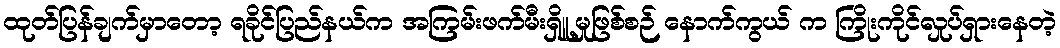
ထုတ်ပြန်ချက်မှာတော့ ရခိုင်ပြည်နယ်က အကြမ်းဖက်မီးရှိူ့မှုဖြစ်စဉ် နောက်ကွယ် က ကြိုးကိုင်လှုပ်ရှားနေတဲ့